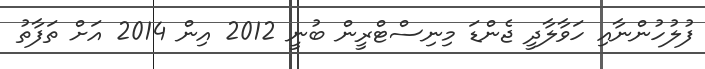
ފުލުހުންނާއި ހަވާލާދީ ޖެންޑަ މިނިސްޓްރީން ބުނީ 2012 އިން 2014 އަށް ތަފާތު